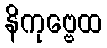
နိကုဗ္ဗေထ